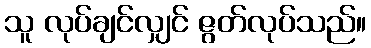
သူ လုပ်ချင်လျှင် ဇွတ်လုပ်သည်။